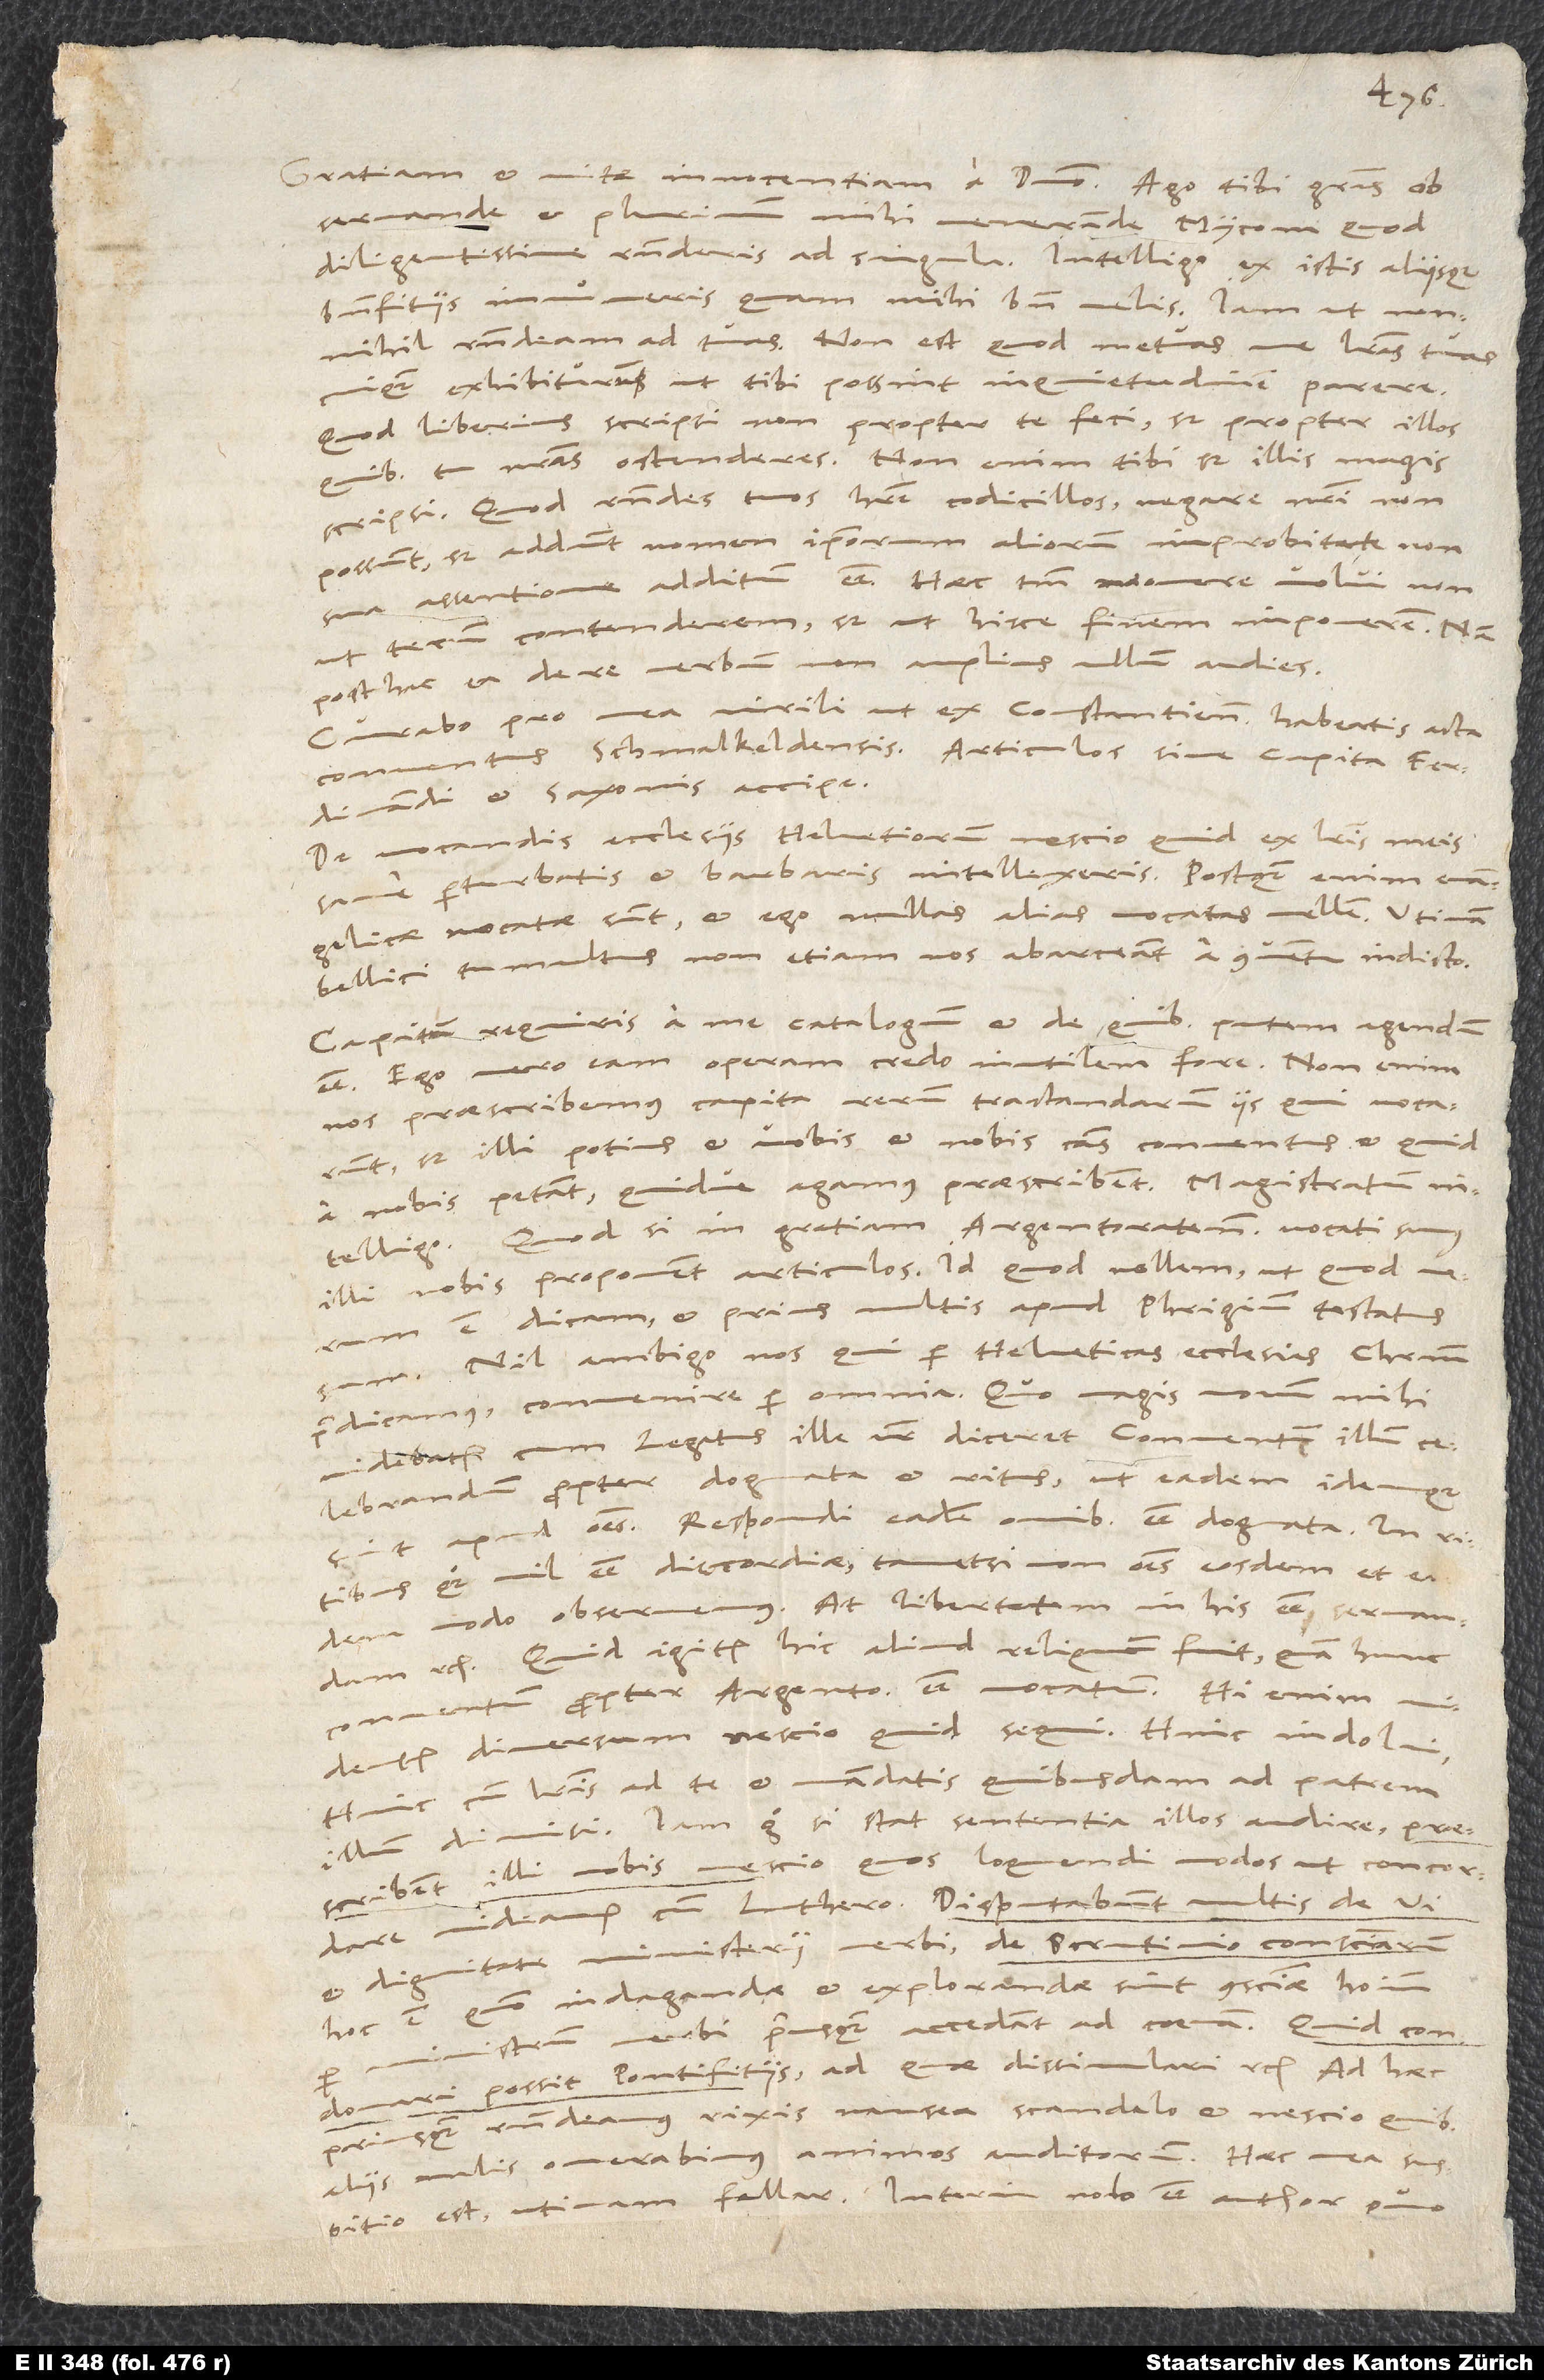
observande et plurimum
mihi venerande Myconi, quod
diligentissime responderis ad singula. Intelligo ex istis aliisque
benefitiis innumeris, quam mihi bene velis. Iam ut nonnihil
respondeam ad tuas, non est, quod metuas me literas tuas
cuiquam exhibiturum, ut tibi possint inquietudinem parere.
Quod liberius scripsi, non propter te feci, sed propter illos,
quibus tu nostras ostenderes. Non enim tibi, sed illis magis
scripsi. Quod respondes tuos habere codicillos, negare nostri non
possunt, sed addunt nomen ipsorum aliorum improbitate, non
sua assentione additum esse. Haec tantum monere volui, non
ut tecum contenderem, sed ut hisce finem imponerem. Nam
posthac ea de re verbum non amplius ullum audies.
Curabo pro mea virili, ut ex Constantiensibus habeatis acta
conventus Schmalkeldensis. Articulos sive capita Ferdinandi
et Saxonis accipe.
De vocandis ecclesiis Helvetiorum nescio quid ex literis meis
sane perturbatis et barbaris intellexeris. Postquam enim evangelicae
vocatae sunt, et ego nullas alias vocatas vellem. Utinam
bellici tumultus non etiam nos abarceant a conventu indicto!
Capitum requiris a me catalogum, et de quibus putem agendum
esse. Ego vero eam operam credo inutilem fore. Non enim
nos praescribemus capita rerum tractandarum iis, qui vocarunt,
sed illi potius et vobis et nobis causas conventus et quid
a nobis petant quidve agamus, praescribent; magistratum
intelligo. Quodsi in gratiam Argentoratensium vocati sumus,
illi nobis proponent articulos, id quod nollem, ut, quod verum
est, dicam, et prius multis apud Phrigium testatus
Nil ambigo nos, qui per Helveticas ecclesias Christum
praedicamus, convenire per omnia. Quo magis novum mihi
videbatur, cum legatus ille vester diceret conventum illum
celebrandum propter dogmata et ritus, ut eadem idemque
apud omnes. Respondi eadem omnibus esse dogmata, in ritibus
quoque nil esse discordiae, tametsi non omnes eosdem et eodem
modo observemus; at libertatem in his esse servandam
etc. Quid igitur hic aliud reliquum fuit quam hunc
conventum propter Argentoratenses esse vocatum? Hi enim
diversum nescio quid sequi. Hinc indolui;
hinc cum literis ad te et mandatis quibusdam ad patrem
illum dimisi. Iam ergo si stat sententia illos audire, praescribent
illi nobis nescio quos loquendi modos, ut concordare
videamur cum Luthero. Disputabunt multis de vi
et dignitate ministerii verbi, de scrutinio conscientiarum,
hoc est, quomodo indagandae et explorandae sint conscientiae hominum
ministrum verbi, priusquam accedant ad coenam; quid condonari
possit pontifitiis, ad quae dissimulari etc. Ad haec
priusquam respondeamus, rixis, nausea, scandalo et nescio quibus
aliis malis onerabimus animos auditorum. Haec mea suspitio
est; utinam fallar! Interim nolo esse author, quomi